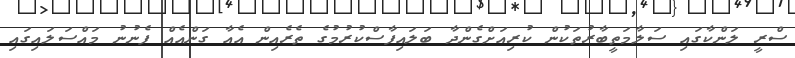
ސްރީ ލަންކާގައި ސަލާމަތީބާރުތަކުން ކުރިއަށްގެންދާ ބަލައިފާސްކުރުމުގެ ތެރެއިން އެއާ ގަންއެއް ފެނުނު މައްސަލައިގައި